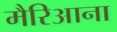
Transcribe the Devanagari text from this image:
मैरिआना